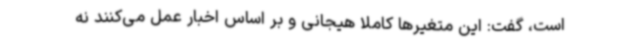
است، گفت: این متغیرها کاملاً هیجانی و بر اساس اخبار عمل می‌کنند نه